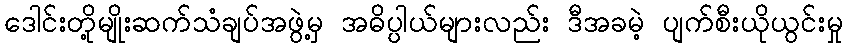
ဒေါင်းတို့မျိုးဆက်သံချပ်အဖွဲ့မှ အဓိပ္ပါယ်များလည်း ဒီအခမဲ့ ပျက်စီးယိုယွင်းမှု